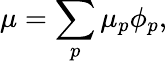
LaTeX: \mu=\sum_{p}\mu_{p}\phi_{p},